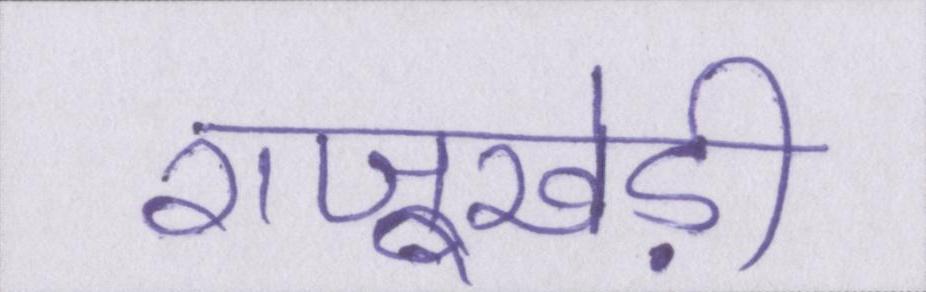
राजूखेड़ी